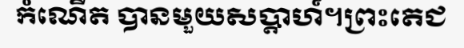
កំណើត បានមួយសប្តាហ៍។ព្រះតេជ